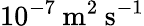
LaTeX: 10^{-7}\: \textrm{m}^{2}\: \textrm{s}^{-1}